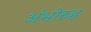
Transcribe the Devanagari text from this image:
अंभोरुह